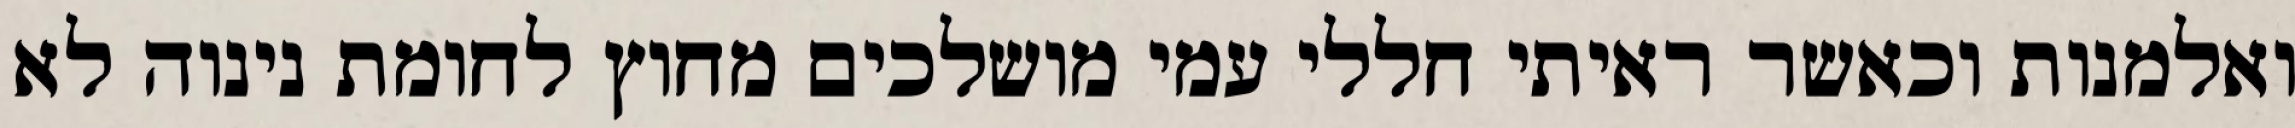
ואלמנות וכאשר ראיתי חללי עמי מושלכים מחוץ לחומת נינוה לא